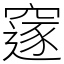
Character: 䆳